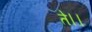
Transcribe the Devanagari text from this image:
ते।।